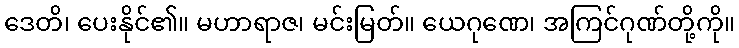
ဒေတိ၊ ပေးနိုင်၏။ မဟာရာဇ၊ မင်းမြတ်။ ယေဂုဏေ၊ အကြင်ဂုဏ်တို့ကို။